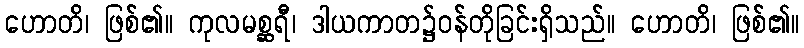
ဟောတိ၊ ဖြစ်၏။ ကုလမစ္ဆရီ၊ ဒါယကာတ၌ဝန်တိုခြင်းရှိသည်။ ဟောတိ၊ ဖြစ်၏။